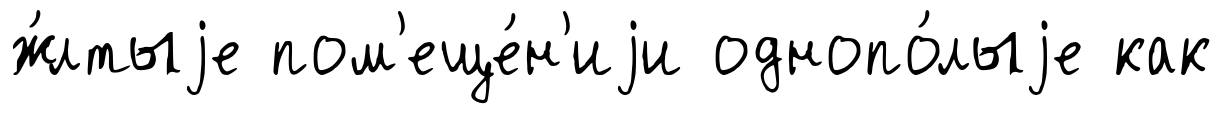
ж́лтыjе пом'еще́н'иjи однопо́лыjе как